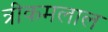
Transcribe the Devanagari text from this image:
त्रीकमलाल